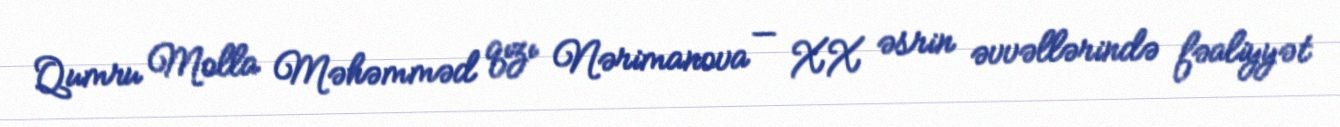
Qumru Molla Məhəmməd qızı Nərimanova — XX əsrin əvvəllərində fəaliyyət